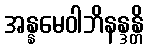
အန္နမေဝါဘိနန္ဒန္တိ